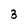
Character: 3